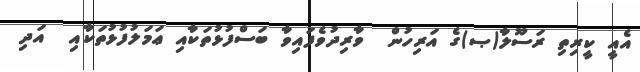
އެއީ ކީރިތި ރަސޫލާ(ޞ)ގެ އަރިހުން  ވާރިދުވެފައިވާ ބަސްފުޅުތަކާއި ޢަމަލުފުޅުތަކާއި  އަދި